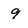
Character: 9